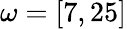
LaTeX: \omega=[7,25]